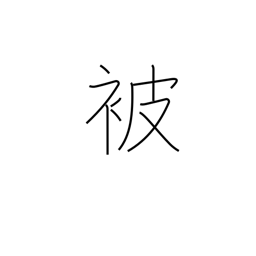
Meaning: receiving